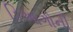
ડિઆગોની